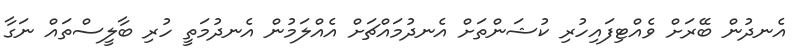
އެނދުން ބޭރަށް ވެއްޓިފައިހުރި ކުޝަންތަށް އެނދުމައްޗަށް އެއްލަމުން އެނދުމަތީ ހުރި ބާލީސްތައް ނަގާ